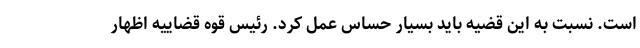
است. نسبت به این قضیه باید بسیار حساس عمل کرد. رئیس قوه قضاییه اظهار